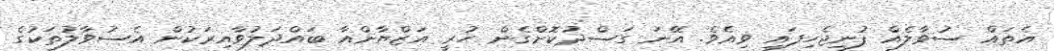
އެތައް ސުވާލެއް ފުނިޖެހިފައި ވިއެވެ. އޭނަ ގަސްދުކޮށްގެން ހުރީ އަޒްޔާންއާ ބައްދަލުވާއިރަކުން އެސުވާލުތަކުގެ